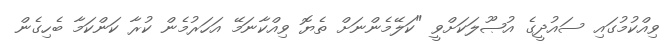
ވިއްކުމުގައި ސައުދީގެ އުޞޫލަކަށްވީ "ކަލޭމެންނަށް ތެޔޮ ވިއްކާނަމޭ އަހަރުމެން ކުރާ ކަންކަމާ ބެހިގެން